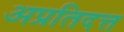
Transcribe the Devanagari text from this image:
अप्रतिदत्त